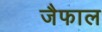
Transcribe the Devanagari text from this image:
जैफाल